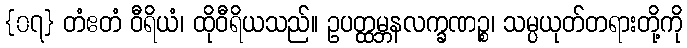
{၀၇} တံဧတံ ဝီရိယံ၊ ထိုဝီရိယသည်။ ဥပတ္ထမ္ဘနလက္ခဏဉ္စ၊ သမ္ပယုတ်တရားတို့ကို